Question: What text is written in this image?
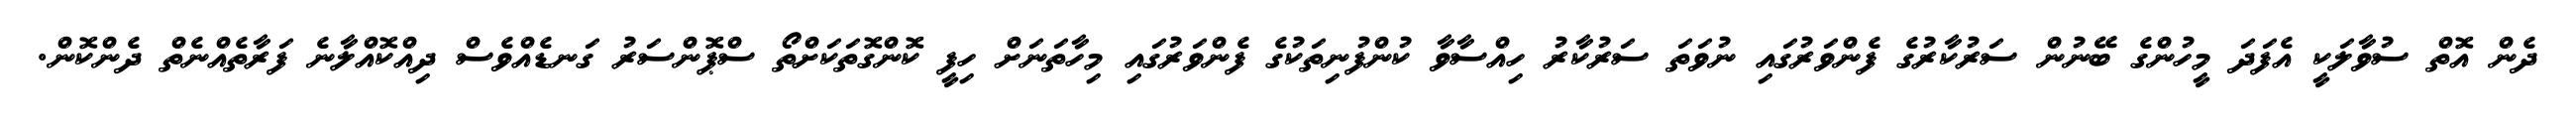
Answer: ދެން އޮތް ސުވާލަކީ އެފަދަ މީހުންގެ ބޭނުން ސަރުކާރުގެ ފެންވަރުގައި ނުވަތަ ސަރުކާރު ހިއްސާވާ ކުންފުނިތަކުގެ ފެންވަރުގައި މިހާތަނަށް ހިފީ ކޮންގޮތަކަށްތޯ ސްޕޮންސަރު ގަނޑެއްވެސް ދިއްކޮއްލާނެ ފަރާތެއްނެތް ދެންކޮން.